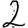
Digit: 2